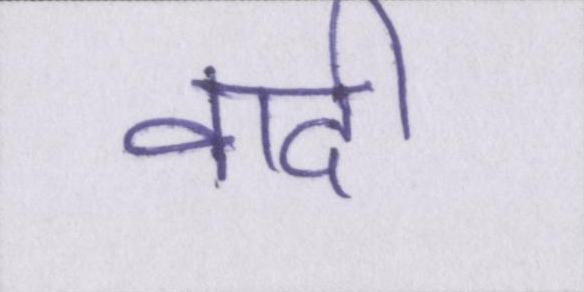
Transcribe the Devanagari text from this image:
वादी